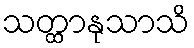
သတ္ထာနုသာသိ